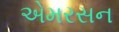
એમરસન